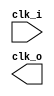
module minsoc_clock_manager(
	clk_i, 
	clk_o
);

// 
// Parameters 
// 
   parameter    divisor = 2;
  
input clk_i;
output clk_o;
   
`ifdef NO_CLOCK_DIVISION
assign clk_o = clk_i;

`elsif GENERIC_CLOCK_DIVISION
reg [31:0] clock_divisor;
reg clk_int;
always @ (posedge clk_i)
begin
	clock_divisor <= clock_divisor + 1'b1;
	if ( clock_divisor >= divisor/2 - 1 ) begin
		clk_int <= ~clk_int;
		clock_divisor <= 32'h0000_0000;
	end
end
assign clk_o = clk_int;

`elsif FPGA_CLOCK_DIVISION
`ifdef ALTERA_FPGA
altera_pll #
(
    .FREQ_DIV(divisor)
)
minsoc_altera_pll
(
    .inclk0(clk_i),
    .c0(clk_o)
);
   
`elsif XILINX_FPGA
xilinx_dcm #
(
    .divisor(divisor)
)
minsoc_xilinx_dcm
(
    .clk_i(clk_i), 
    .clk_o(clk_o)
);

`endif	// !ALTERA_FPGA/XILINX_FPGA
`endif	// !NO_CLOCK_DIVISION/GENERIC_CLOCK_DIVISION/FPGA_CLOCK_DIVISION


endmodule